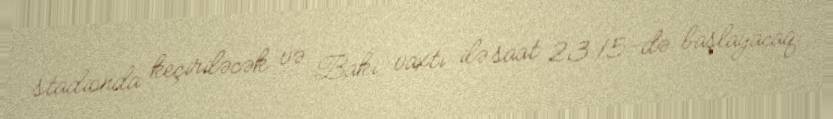
stadionda keçiriləcək və Bakı vaxtı ilə saat 23.15-də başlayacaq.